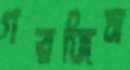
গরজিস